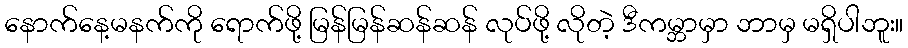
နောက်နေ့မနက်ကို ရောက်ဖို့ မြန်မြန်ဆန်ဆန် လုပ်ဖို့ လိုတဲ့ ဒီကမ္ဘာမှာ ဘာမှ မရှိပါဘူး။